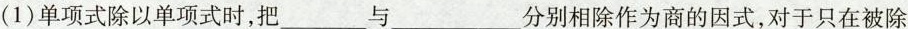
(1)单项式除以单项式时，把___与___分别相除作为商的因式，对于只在被除